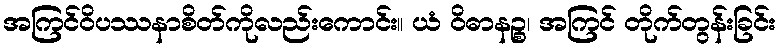
အကြင်ဝိပဿနာစိတ်ကိုလည်းကောင်း။ ယံ ဝိဓာနဉ္စ၊ အကြင် တိုက်တွန်းခြင်း